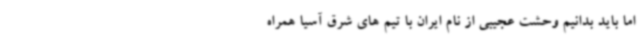
اما باید بدانیم وحشت عجیبی از نام ایران با تیم های شرق آسیا همراه